Scottish Leaving Certificate Examination, 1953
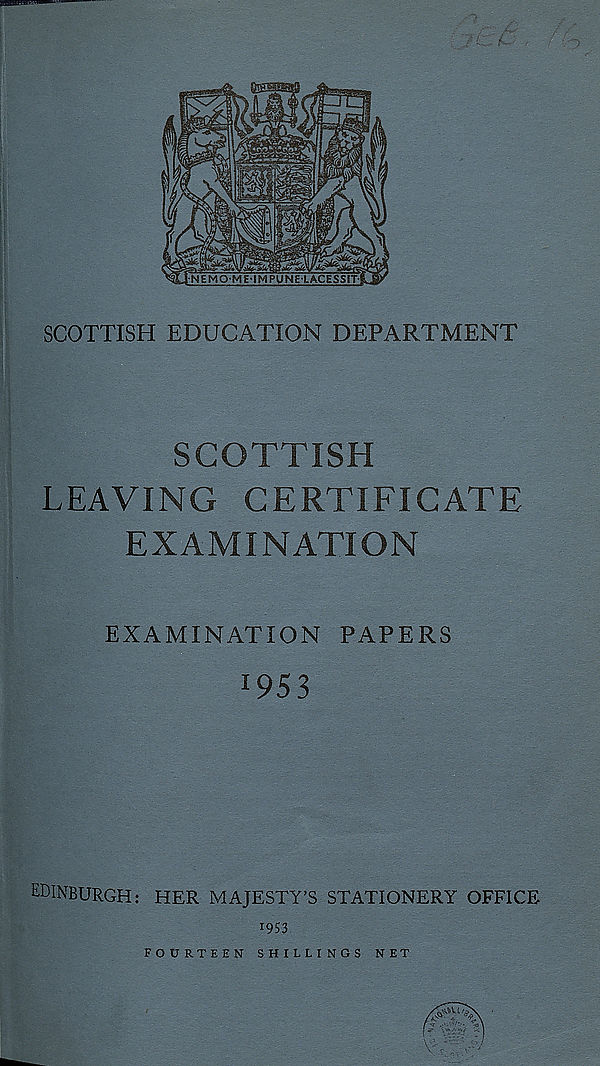
SCOTTISH EDUCATION DEPARTMENT
SCOTTISH
LEAVING CERTIFICATE
EXAMINATION
EXAMINATION PAPERS
!953
EDINBURGH: HER MAJESTY’S STATIONERY OFFICE
1953
FOURTEEN SHILLINGS NET